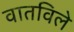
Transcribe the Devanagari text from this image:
वातविले